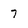
Character: 7